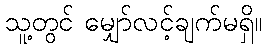
သူ့တွင် မျှော်လင့်ချက်မရှိ။